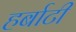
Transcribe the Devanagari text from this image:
हर्बाटी